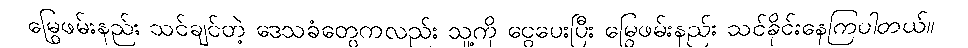
မြွေဖမ်းနည်း သင်ချင်တဲ့ ဒေသခံတွေကလည်း သူ့ကို ငွေပေးပြီး မြွေဖမ်းနည်း သင်ခိုင်းနေကြပါတယ်။